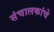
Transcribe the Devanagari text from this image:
संचालकांचे